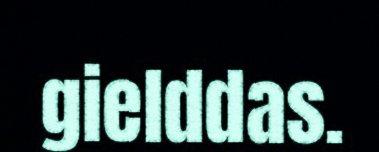
gielddas.